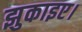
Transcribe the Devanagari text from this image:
झुकाइए।